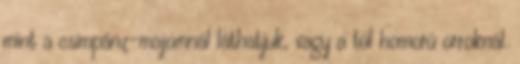
mint a csimpánz-majomnál láthatjuk, vagy a túl homorú orroknál.